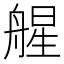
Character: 𦩠